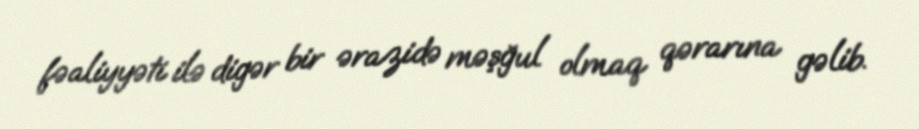
fəaliyyəti ilə digər bir ərazidə məşğul olmaq qərarına gəlib.